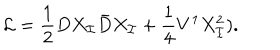
{ \cal L } = \frac { { 1 } } { 2 } D X _ { \cal I } \bar { D } X _ { \cal I } + \frac { 1 } { 4 } V ^ { 1 } X _ { \cal I } ^ { 2 } ) .